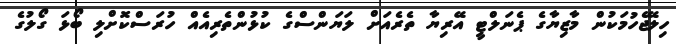
ހިލޭޖެހުމަަކުން މާޒިޔާގެ ޕެނަލްޓީ އޭރިޔާ ތެރެއަށް ލަޔަންސްގެ ކުޅުންތެރިއެއް ހުރަސްކޮށްލި ބޯޅަ ގޯލުގެ